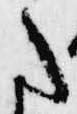
た